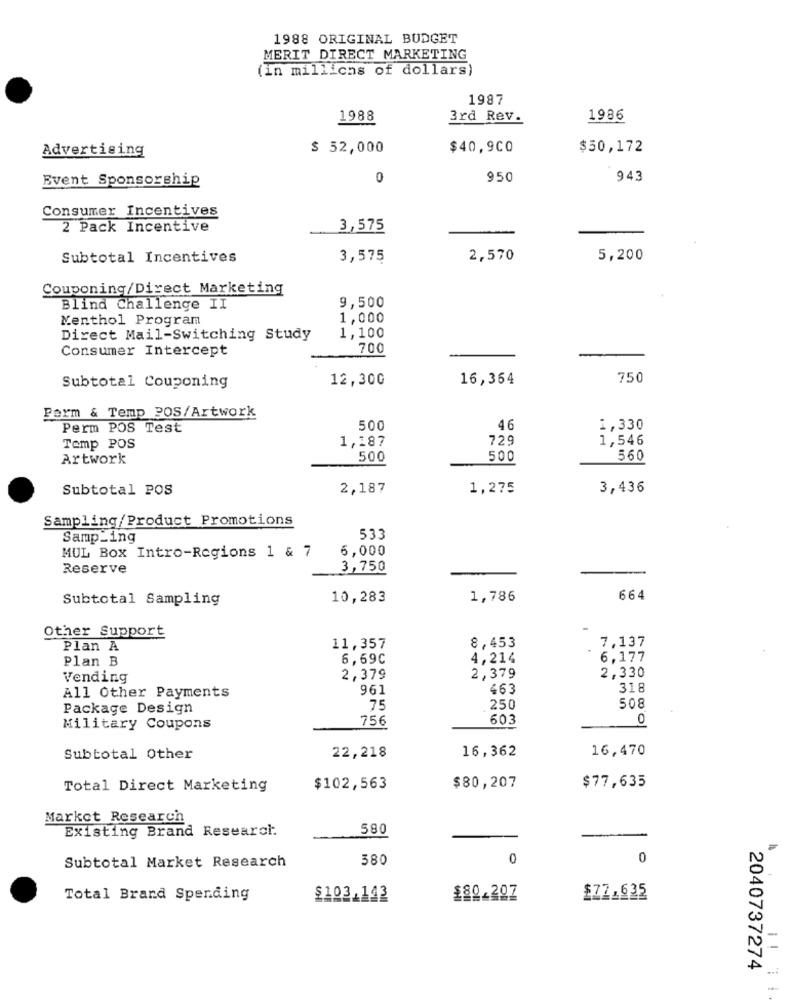
1988 ORIGINAL BUDGET
MERIT DIRECT MARKETING
(in millions of dollars)
1987
1988
3rd Rev.
1986
Advertising
$ 52,000
$40,900
$50,172
Event Sponsorship
0
950
943
Consumer Incentives
2 Pack Incentive
3,575
Subtotal Incentives
3,575
2,570
5,200
Couponing/Direct Marketing
Blind Challenge II
9,500
Menthol Program
1,000
Direct Mail-Switching Study
1,100
Consumer Intercept
700
12,300
16,364
750
Subtotal Couponing
Perm & Temp POS/Artwork
Perm POS Test
500
46
1,330
1,187
729
1,546
Temp POS
Artwork
500
500
560
Subtotal POS
2,187
1,275
3,436
Sampling/Product Promotions
Samp _ing
533
6,000
MUL Box Intro-Regions 1 & 7
Reserve
3,750
Subtotal Sampling
10,283
1,786
664
Other Support
7,137
Plan A
11,357
8,453
.
Plan B
6,69C
4,214
6,177
Vending
2,379
2,379
2,330
961
463
318
All Other Payments
Package Design
75
250
508
756
603
0
Military Coupons
16,362
16,470
Subtotal Other
22,218
Total Direct Marketing
$102,563
$80,207
$77,635
Market Research
Existing Brand Research
580
Subtotal Market Research
580
0
0
Total Brand Spending
$103.142
$80.2º7
£72.625
2040737274